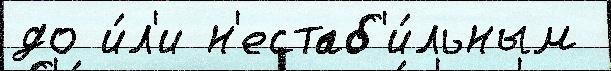
до и́л'и н'естаб'и́льным